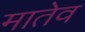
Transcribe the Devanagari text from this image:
मातेव